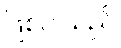
ဖြစ်ပါသည်